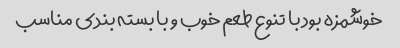
خوشمزه بود با تنوع طعم خوب و با بسته بندی مناسب